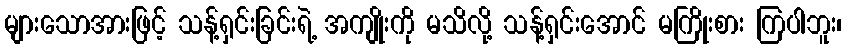
များသောအားဖြင့် သန့်ရှင်းခြင်းရဲ့ အကျိုးကို မသိလို့ သန့်ရှင်းအောင် မကြိုးစား ကြပါဘူး၊